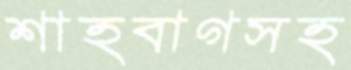
শাহবাগসহ